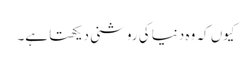
کیوں کہ وہ دنیا کی روشنی دیکھتا ہے۔